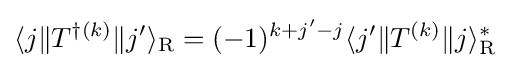
\langle j\|T^{\dagger (k)}\|j'\rangle _{\mathrm {R} }=(-1)^{k+j'-j}\langle j'\|T^{(k)}\|j\rangle _{\mathrm {R} }^{*}